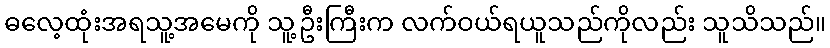
ဓလေ့ထုံးအရသူ့အမေကို သူ့ဦးကြီးက လက်ဝယ်ရယူသည်ကိုလည်း သူသိသည်။